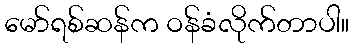
မော်ရစ်ဆန်က ဝန်ခံလိုက်တာပါ။